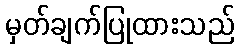
မှတ်ချက်ပြုထားသည်